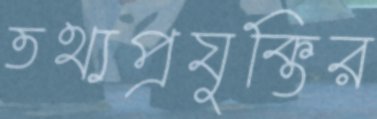
তথ্যপ্রযুক্তির